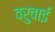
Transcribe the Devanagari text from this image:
वरुवाई